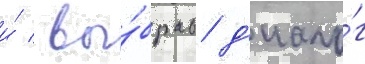
и́ / вы́брав д'иало́г